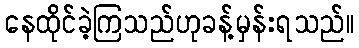
နေထိုင်ခဲ့ကြသည်ဟုခန့်မှန်းရသည်။